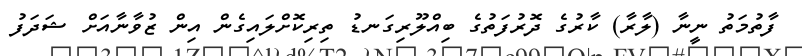
ފާތުމަތު ނީނާ (ލާރާ) ކާރުގެ ދޮރުފަތުގެ ބިއްލޫރިގަނޑު ތިރިކޮށްލައިގެން އިން ޒުވާނާއަށް ޝަދަފު